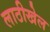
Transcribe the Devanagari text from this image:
लाठीखेल